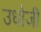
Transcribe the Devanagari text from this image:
उधोजी